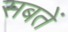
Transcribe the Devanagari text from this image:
सबतें